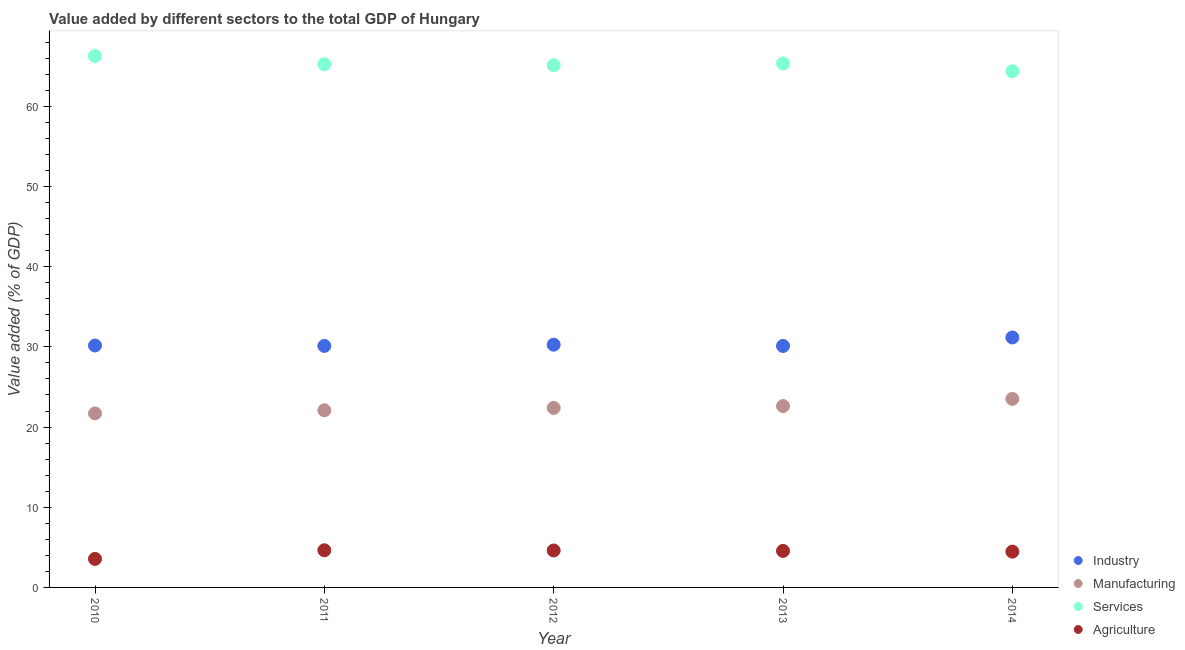
| Year | Industry | Manufacturing | Services | Agriculture |
 | --- | --- | --- | --- | --- |
 | 2010 | 30.2 | 21.7 | 66.3 | 3.56 |
 | 2011 | 30.1 | 22.1 | 65.2 | 4.63 |
 | 2012 | 30.3 | 22.4 | 65.1 | 4.61 |
 | 2013 | 30.1 | 22.6 | 65.3 | 4.55 |
 | 2014 | 31.2 | 23.5 | 64.4 | 4.46 |